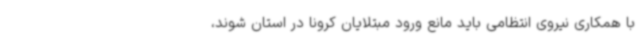
با همکاری نیروی انتظامی باید مانع ورود مبتلایان کرونا در استان شوند،